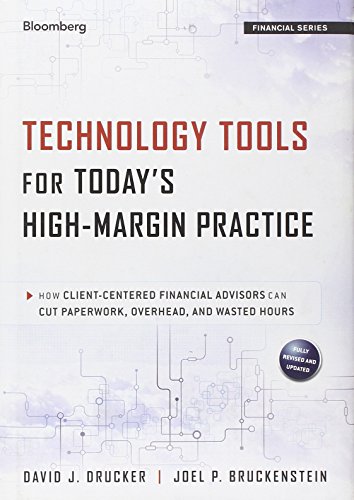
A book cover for Technology Tools for Today's High-Margin Practice: How Client-Centered Financial Advisors Can Cut Paperwork, Overhead, and Wasted Hours; David J. Drucker; Business & Money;